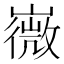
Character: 嶶